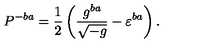
P ^ { - b a } = \frac 1 2 \left( \frac { g ^ { b a } } { \sqrt { - g } } - \varepsilon ^ { b a } \right) .